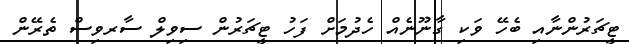
ޓީޗަރުންނާއި ބެހޭ ވަކި ގާނޫނެއް ހެދުމަށް ފަހު ޓީޗަރުން ސިވިލް ސާރވިސް ތެރޭން